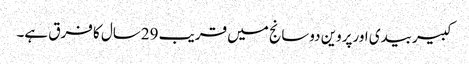
کبیربیدی اورپروین دوسانج میں قریب 29سال کا فرق ہے۔